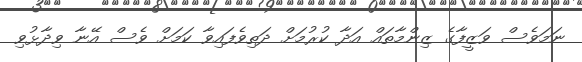
ނަމަވެސް ވަޒީފާގެ ޒިންމާތައް އަދާ ކުރުމަށް ދަތިވެފައިވާ ކަމަށް ވެސް އޭނާ ވިދާޅުވި